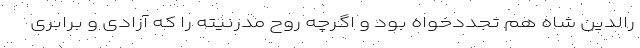
رالدین شاه هم تجدد‌خواه بود و اگرچه روح مدرنیته را که آزادی و برابری